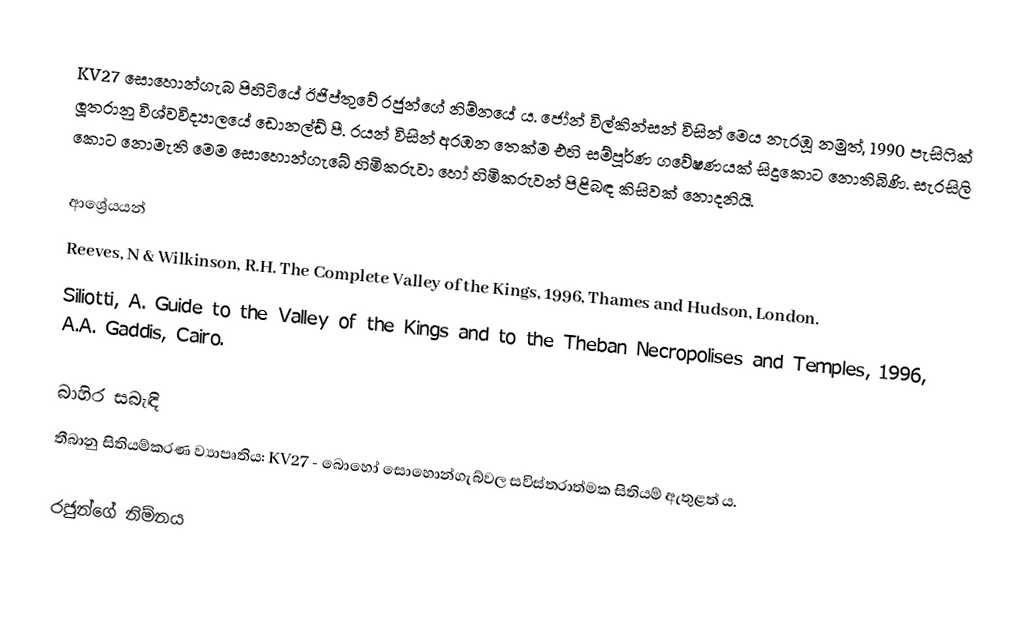
KV27 සොහොන්ගැබ පිහිටියේ ඊජිප්තුවේ රජුන්ගේ නිම්නයේ ය. ජෝන් විල්කින්සන් විසින් මෙය නැරඹූ නමුත්, 1990 පැසිෆික් ලූතරානු විශ්වවිද්‍යාලයේ ඩොනල්ඩ් පී. රයන් විසින් අරඹන තෙක්ම එහි සම්පූර්ණ ගවේෂණයක් සිදුකොට නොතිබිණි. සැරසිලි කොට නොමැති මෙම සොහොන්ගැබේ හිමිකරුවා හෝ හිමිකරුවන් පිළිබඳ කිසිවක් නොදනියි.

ආශ්‍රේයයන්
Reeves, N & Wilkinson, R.H. The Complete Valley of the Kings, 1996, Thames and Hudson, London.
Siliotti, A. Guide to the Valley of the Kings and to the Theban Necropolises and Temples, 1996, A.A. Gaddis, Cairo.

බාහිර සබැඳි
තීබානු සිතියම්කරණ ව්‍යාපෘතිය: KV27 - බොහෝ සොහොන්ගැබ්වල සවිස්තරාත්මක සිතියම් ඇතුළත් ය.

රජුන්ගේ නිම්නය